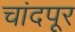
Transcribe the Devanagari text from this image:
चांदपूर